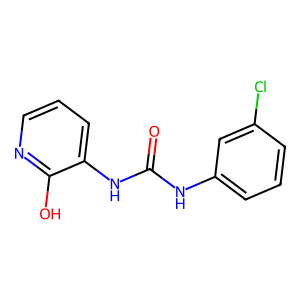
SMILES: O=C(Nc1cccc(Cl)c1)Nc1cccnc1O
Inhibits HIV replication: No